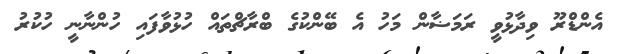
އެންޑްރޫ ވިދާޅުވީ ރަމަޟާން މަހު އެ ބޭންކުގެ ބްރާޗްތައް ހުޅުވާފައި ހުންނާނީ ހުކުރު